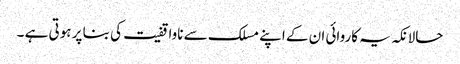
حالانکہ یہ کاروائی ان کے اپنے مسلک سے ناواقفیت کی بنا پر ہوتی ہے ۔